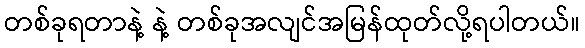
တစ်ခုရတာနဲ့ နဲ့ တစ်ခုအလျင်အမြန်ထုတ်လို့ရပါတယ်။